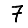
Digit: 7